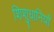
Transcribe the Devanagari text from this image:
शिशुधानियाँ